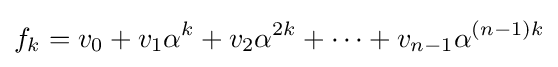
f_{k}=v_{0}+v_{1}\alpha ^{k}+v_{2}\alpha ^{2k}+\cdots +v_{n-1}\alpha ^{(n-1)k}